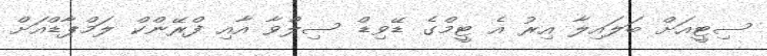
ސިޓީއަށް ބަލައިލާ އިރު އެ ޓީމްގެ ޑޭވިޑް ސިލްވާ އާއި ފްރޭންކް ލަމްޕާޑްއަށް